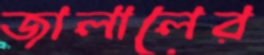
জালালের